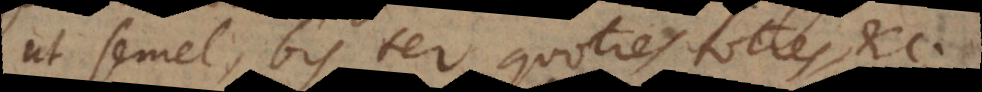
ut semel, bis, ter, quoties, toties, etc.